Vaccination North-Western Provinces and Oudh 1878-1895 - 1878-1895
Year: 1878
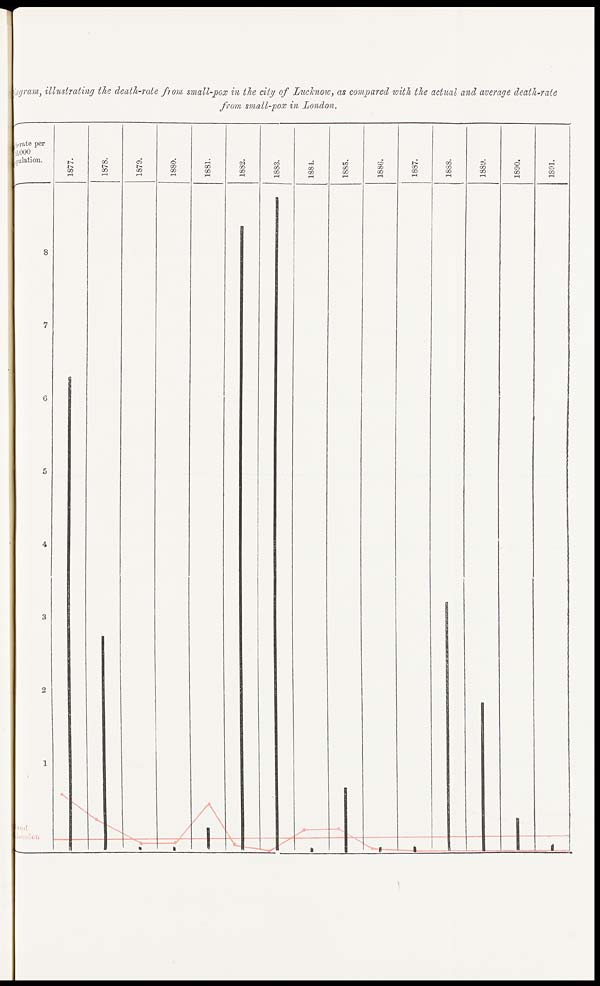
Diagram, illustrating the death-rate from small-pox in the city of Lucknow, as compared with the actual and average death-rate
from small-pox in London.